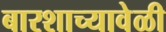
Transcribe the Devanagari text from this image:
बारशाच्यावेळी